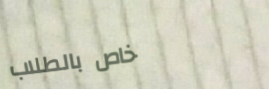
خاص بالطلاب